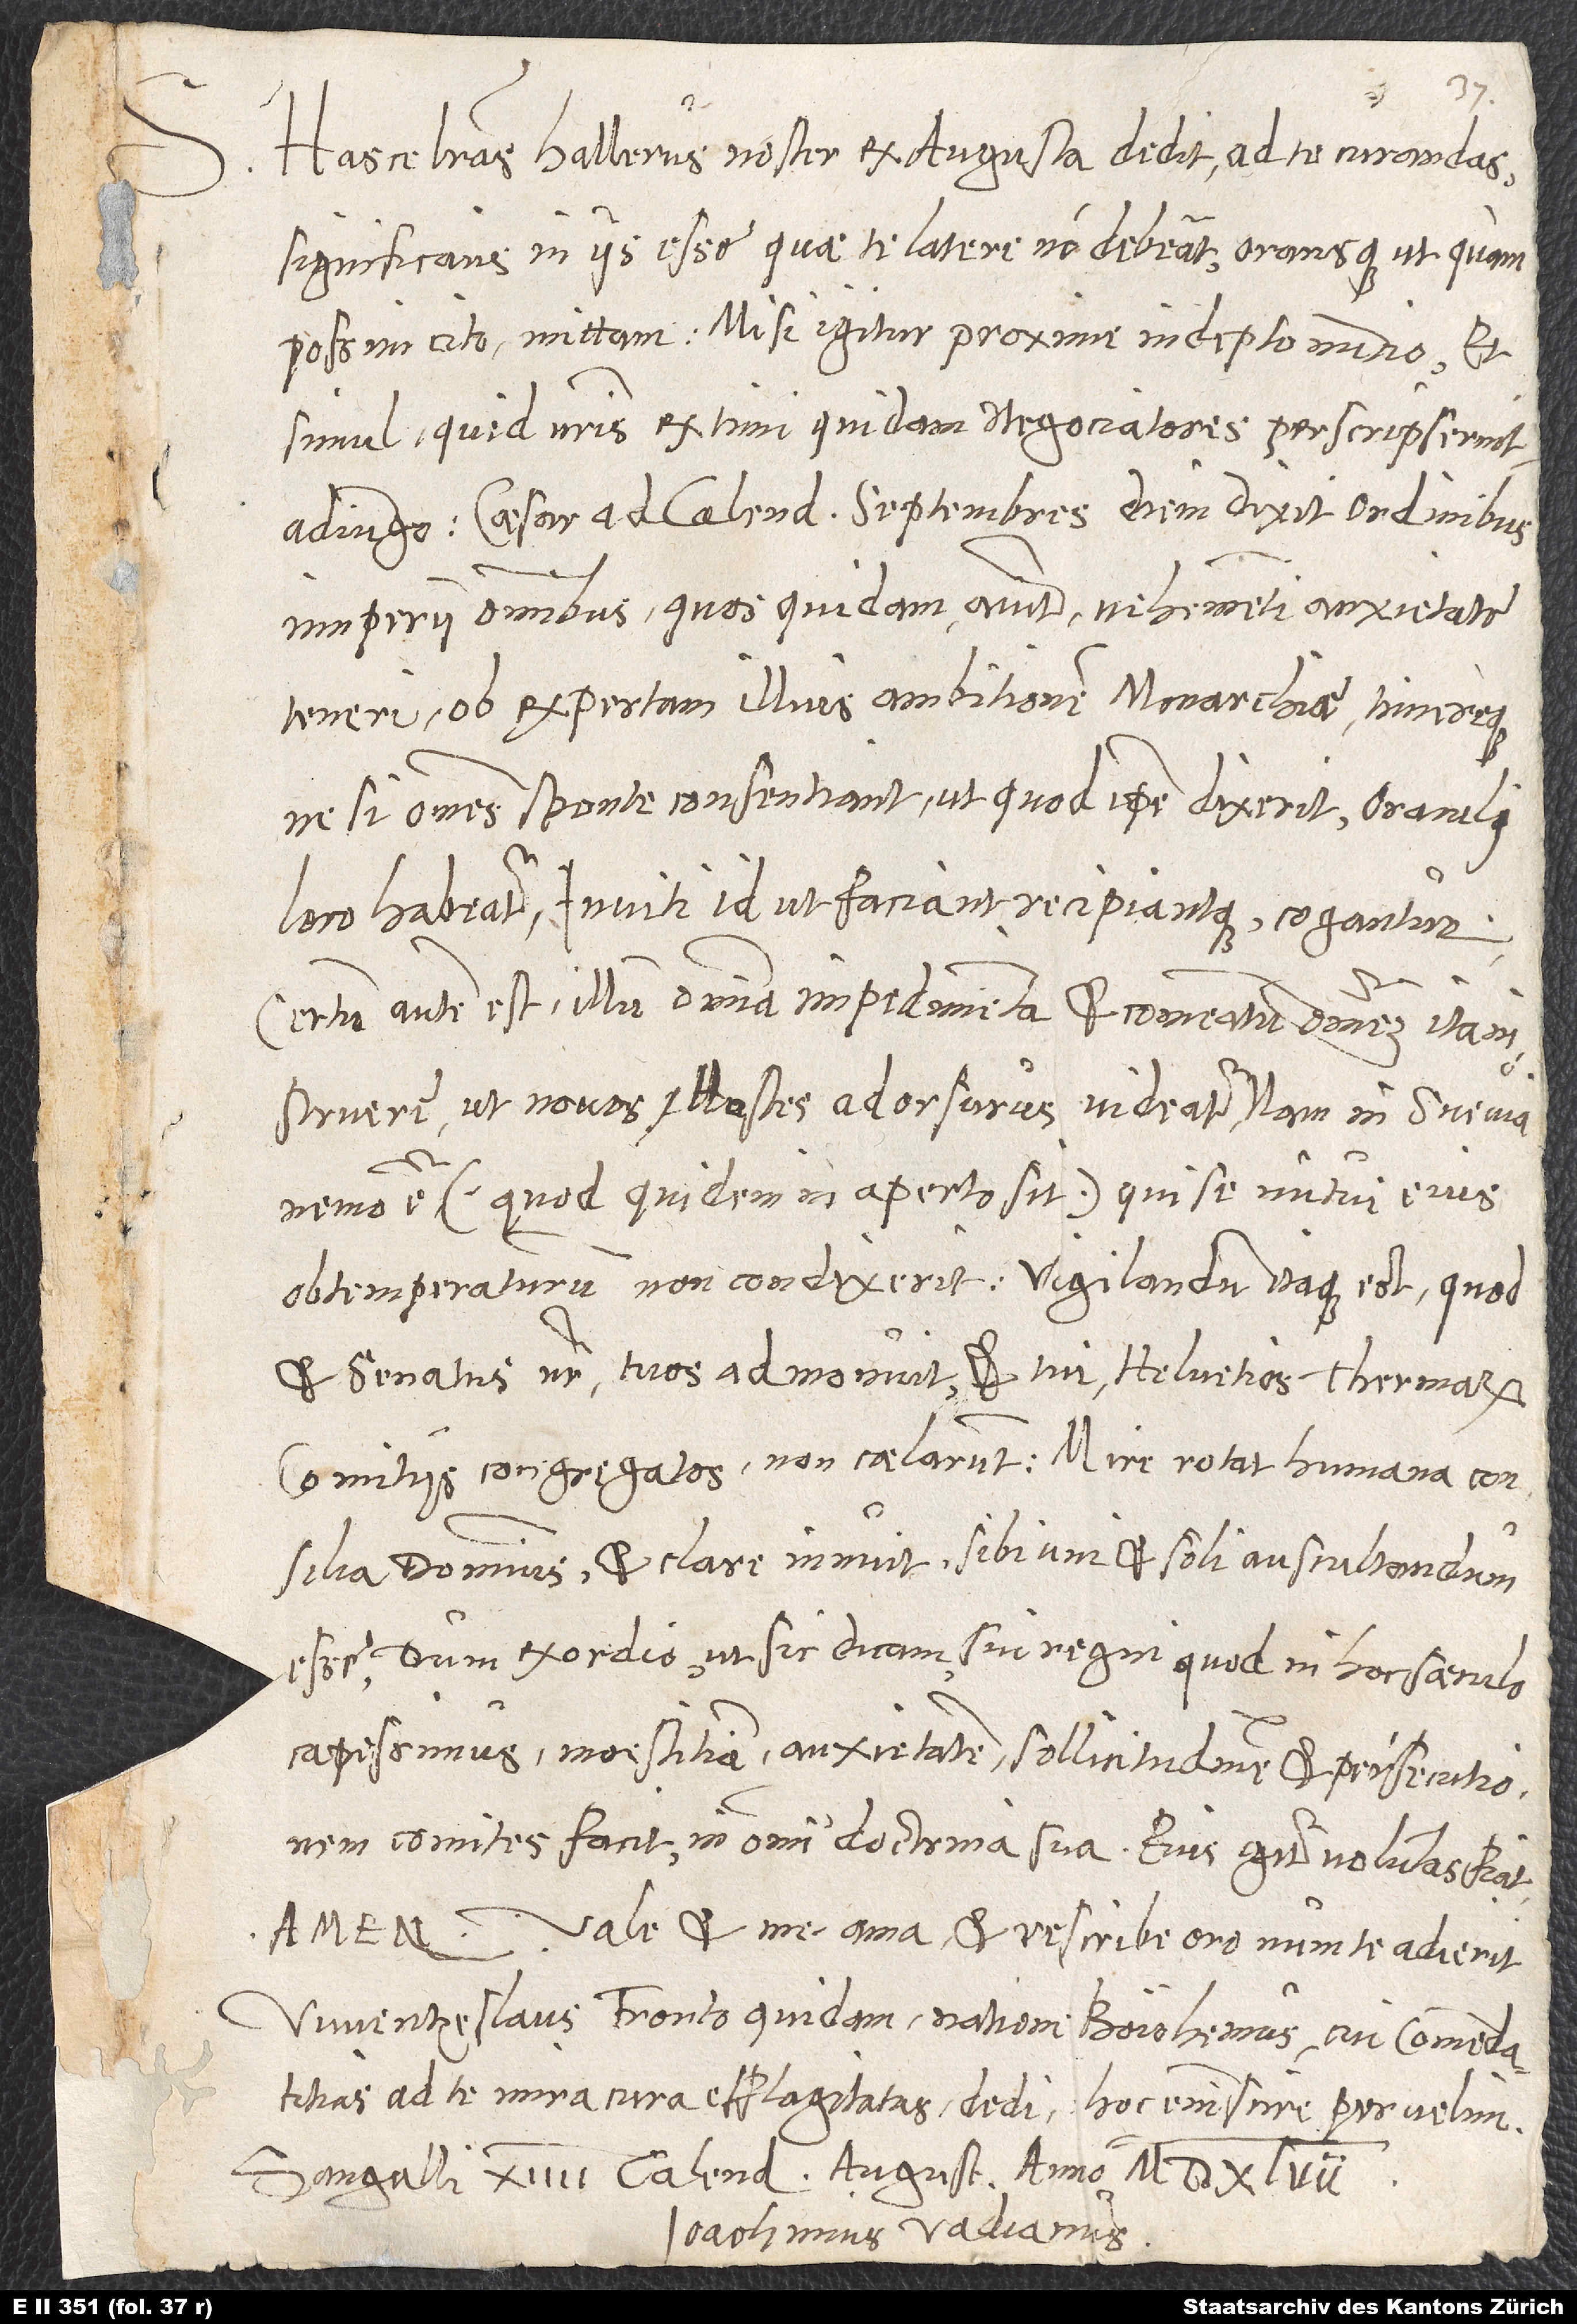
Hasce literas Hallerus noster ex Augusta dedit ad te curandas;
onificans in iis esse, quae te latere non debeant, oransque, ut quam
possim cito mittam. Misi igitur proxime indepto nuntio, et
simul quid nostris extimi quidam negotiatores perscripserint
adiungo. Caesar ad kalendas Septembres diem dixit ordinibus
imperii omnibus, quos quidam aiunt vehementi anxietate
teneri ob expertam illius ambitionem monarchiae timereque,
ne, si omnes sponte consentiant, ut, quod ipse dixerit, oraculi
loco habeatur, inviti id ut faciant recipiantque cogantur.
Certum autem est, illum omnia impedimenta et commeatum omnem ita
instruere, ut novos hostes adorsurus videatur; nam in Svevia
nemo est (quod quidem in aperto sit), qui se nutui eius
obtemperaturum non condixerit. Vigilandum itaque est, quod
et senatus noster tuos admonuit et tui Helvetios Thermarum
comitiis congregatos non celarunt. Mire rotat humana consilia
dominus et clare innuit, sibi uni et soli auscultandum
esse, dum exordio, ut sic dicam, sui regni, quod in hoc saeculo
capessimus, maestitiam, anxietatem, sollicitudinem et persecutionem
comites facit in omni doctrina sua. Eius igitur voluntas fiat.
Vale et me ama et rescribe, oro, num te adierit
Wuentzeslaus Fronto quidam, natione
ad te mira cura efflagitatas dedi.
Hoc enim scire pervelim.
Sangalli, XIIII. Kalendas Augusti, anno
Ioachimus Vadianus.